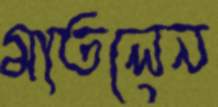
মাতলেন